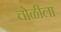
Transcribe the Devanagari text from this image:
चोळीला